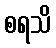
စရသိ